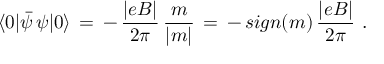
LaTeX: \langle 0 | \bar { \psi } \, \psi | 0 \rangle \, = \, - \, \frac { | e B | } { 2 \pi } \, \frac { m } { | m | } \, = \, - \, s i g n ( m ) \, \frac { | e B | } { 2 \pi } \, \, .